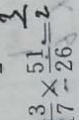
\frac { 3 } { 7 } \times \frac { 5 1 } { 2 6 } = \frac { 3 } { 2 }